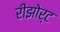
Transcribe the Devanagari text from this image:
रीझोर्ट